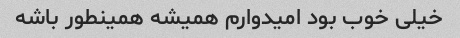
خیلی خوب بود امیدوارم همیشه همینطور باشه